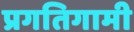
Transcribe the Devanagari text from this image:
प्रगतिगामी